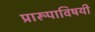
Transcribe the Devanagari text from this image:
प्रारूपाविषयी